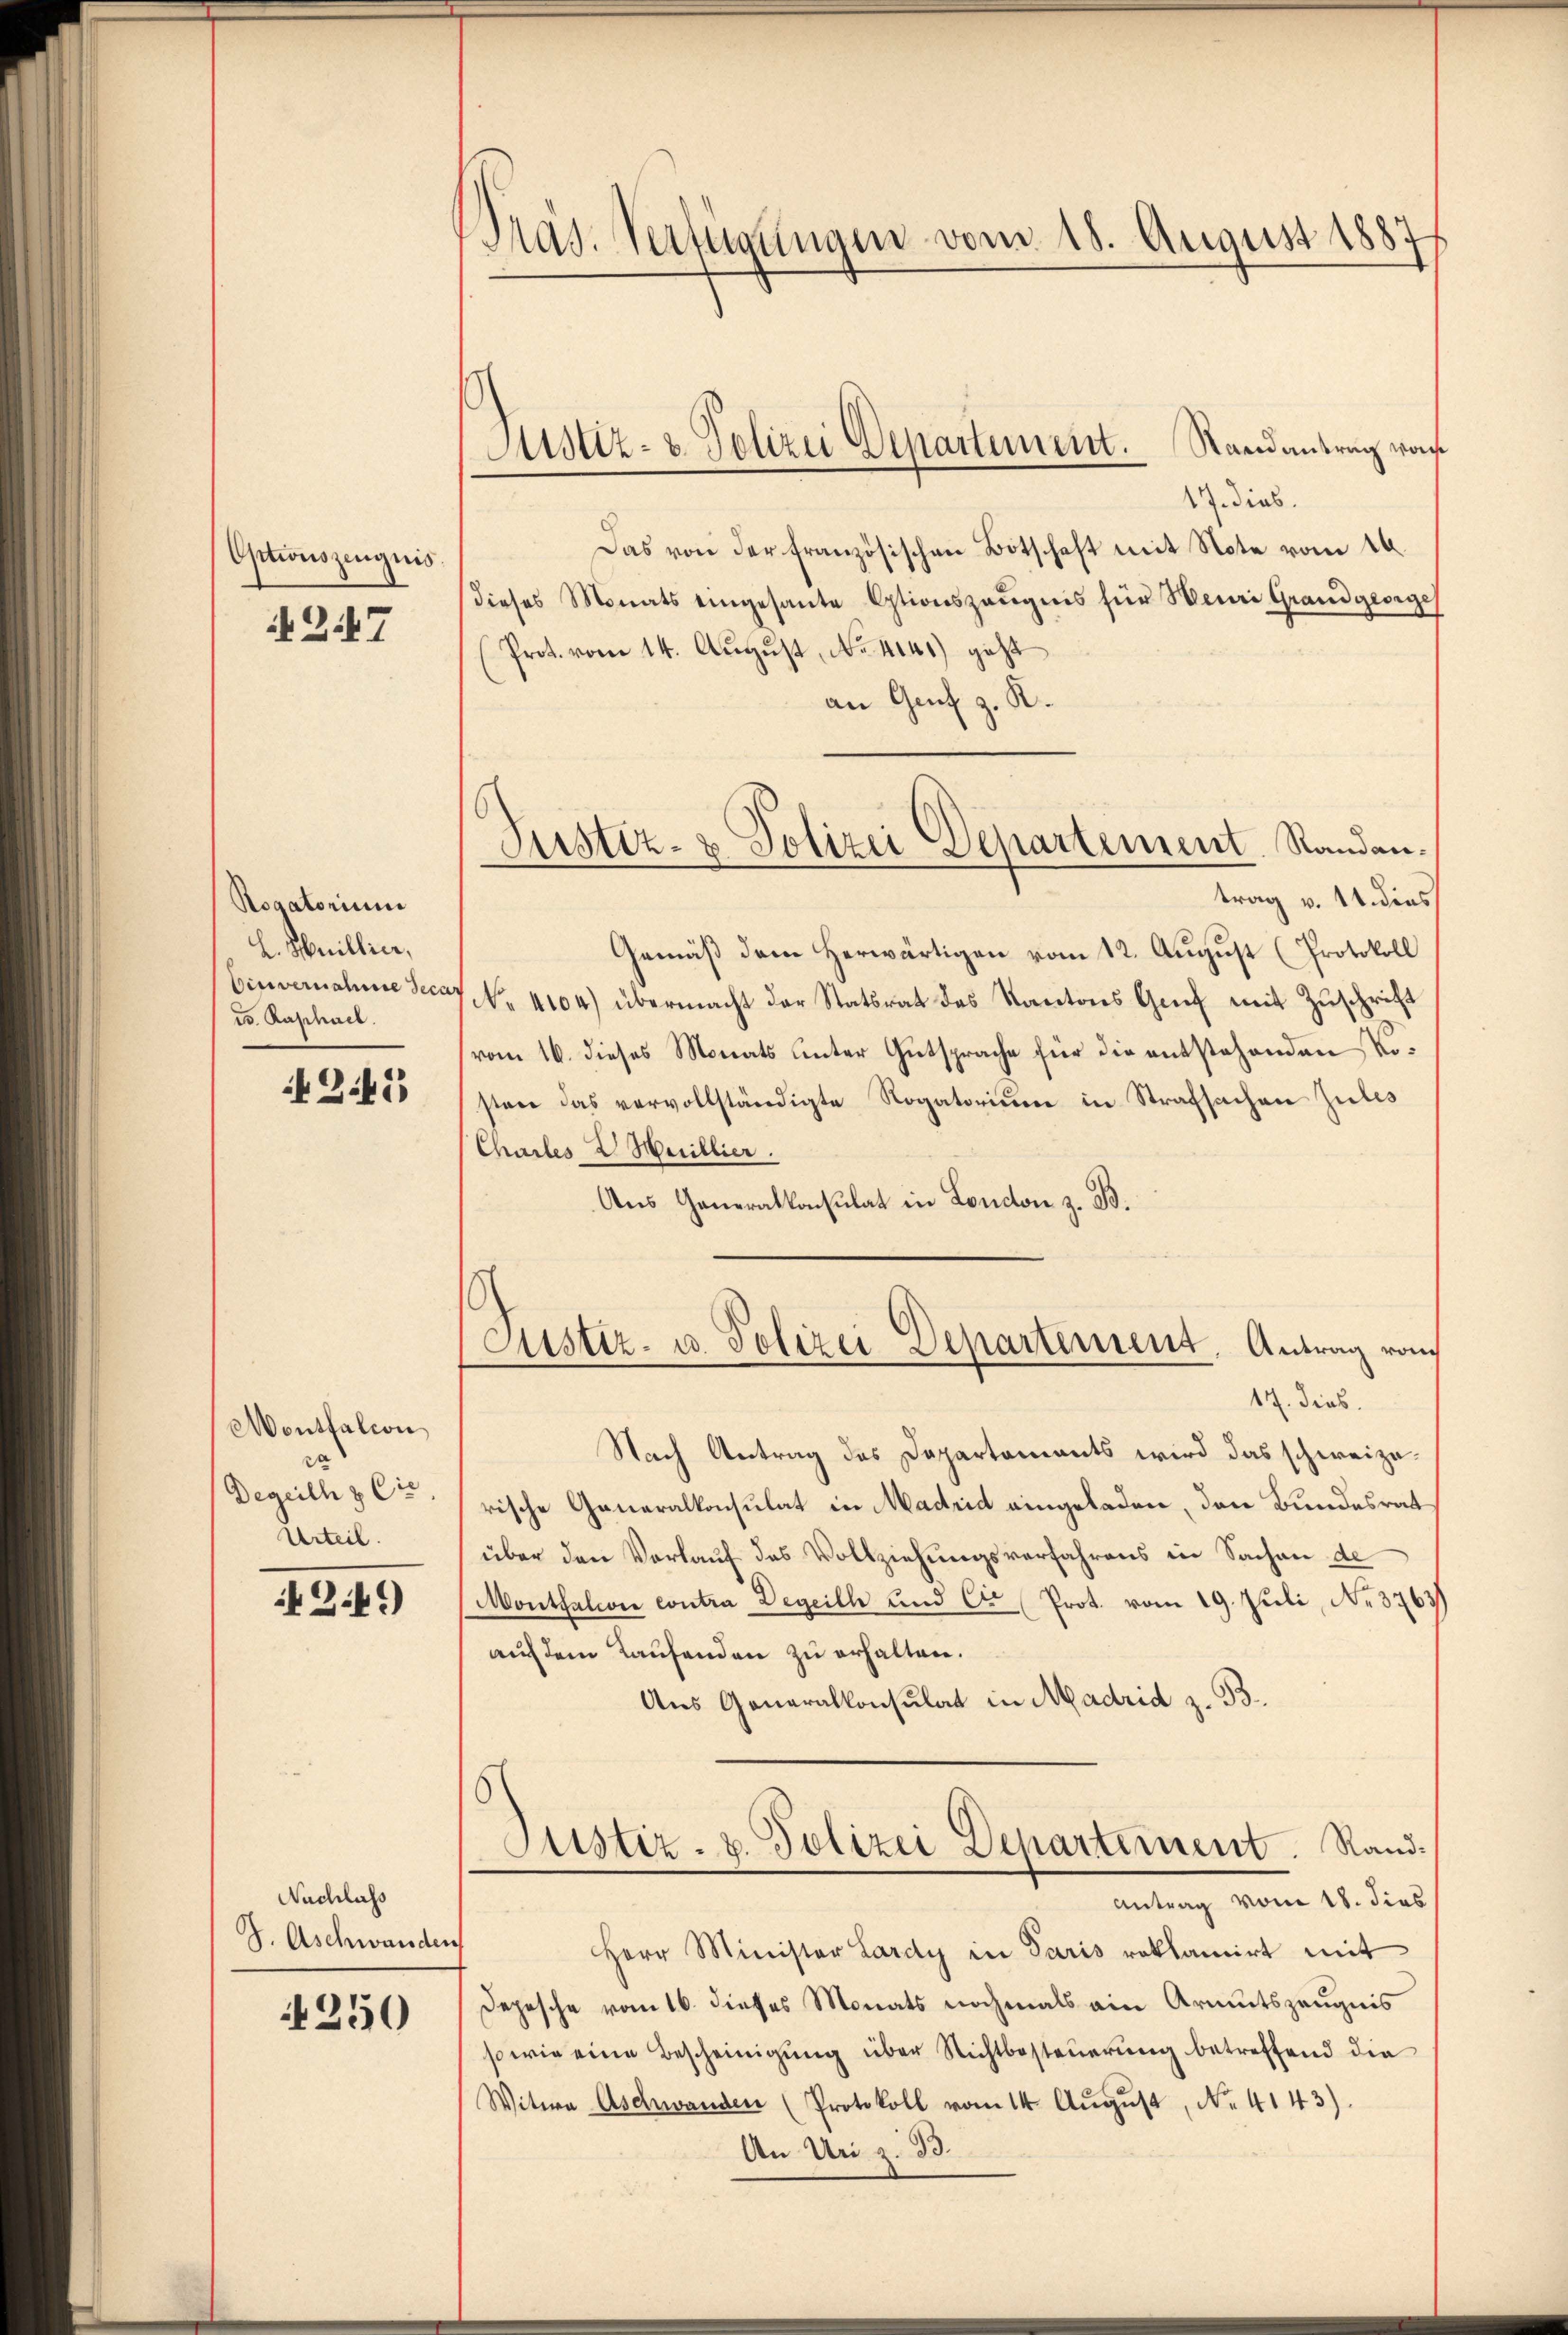
Optionszeugnis.
247

Rogatorium
L. Meillier,
Einvernahme deca
cs. Raphael.

25

Montfalion
da
Dereich & Cie.
Urteil.

424)

Nachlass
J. Aschwanden

4250

Präs. Verfügungen vom 18. August 1887

17. dies
Das von der französischen Botschaft mit Note vom 16.
dieses Monats eingesante Otionszeŭgnis für Heuri Grand gesige
Prot. vom 14. Aŭgŭst No. 4141) geht
an Genf z. R.
trag v. 14. dies
Gemäß dem Herwärtigen vom 12. August (Protokoll
No 4104) übermacht der Statsrat des Kantons Genf mit Zuschrift
vom 16. dieses Monats unter Gutsprache für die entstehenden Kosten das vervollständigte Rogatorium in Strafsachen Zules
Chartes & Heillier.
Aus Generalkonsulat in London z. B.
Custiz- u. Polizei Departement, Antrag vom
17. dies
Nach Antrag des Dapartements wird das schweizerische Generalkonsulat in Madrid eingeladen, den Bundesrat
über den Vorlauf des Vollziehungsverfahrens in Sachen de
Montalione contra Degeill und Ctr. Prot. vom 19. Juli, No. 3763)
auf dem Laufenden zu erhalten.
Aus Generalkonsulat in Madrid z. B.
Justiz- & Polizei Departement. Rand¬
Antrag vom 18. dies
Herr Minister Lardy in Paris reklamirt mit
Depesche vom 16. dieses Monats nochmals ein Armutszeugnis
so wie eine Bescheinigŭng über Nichtbesteŭerŭng betreffend die
Witwe Aschwanden (Protokoll vom 14. Aŭgŭst No. 4143).
An Uri z. B.

Justiz- & Polizei Departement. Randantrag vor

Justiz- & Polizei Departement. Randan¬